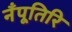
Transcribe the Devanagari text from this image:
नँपूतिरि